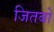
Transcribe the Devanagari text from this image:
जितबो